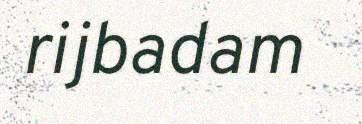
rijbadam